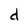
Character: d